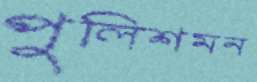
পুলিশমন